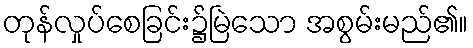
တုန်လှုပ်စေခြင်း၌မြဲသော အစွမ်းမည်၏။